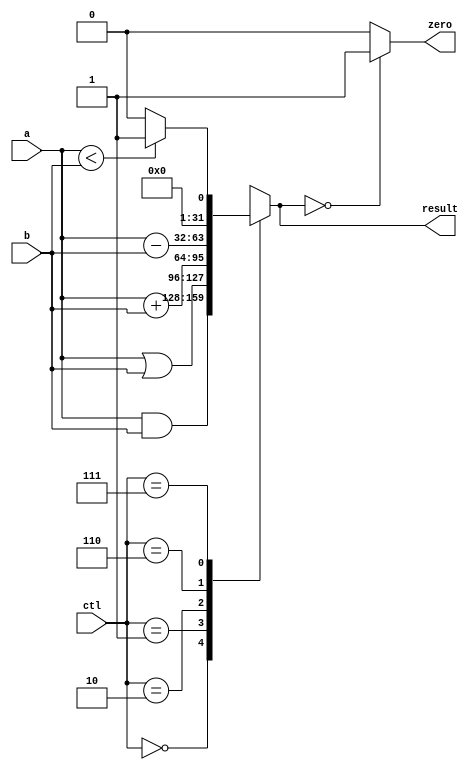
module alu(input	  [3:0]ctl,
           input	  [31:0]a, b, 
           output reg [31:0]result,
           output reg zero);

  always @(a or b or ctl)
  begin
    case (ctl)
      4'b0000 : result = a & b; // AND
      4'b0001 : result = a | b; // OR
      4'b0010 : result = a + b; // ADD
      4'b0110 : result = a - b; // SUBTRACT
      4'b0111 : if (a < b) result = 32'd1; 
               else result = 32'd0; //SLT      
      default : result = 32'hxxxx;
   endcase
   if (result == 32'd0) zero = 1;
   else zero = 0;
 end
endmodule